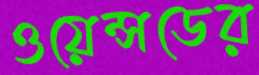
ওয়েন্সডের